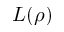
L ( \rho )